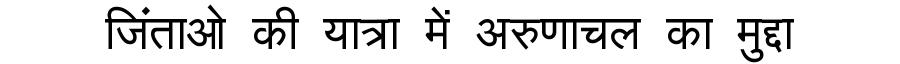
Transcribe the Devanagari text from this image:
जिंताओ की यात्रा में अरुणाचल का मुद्दा